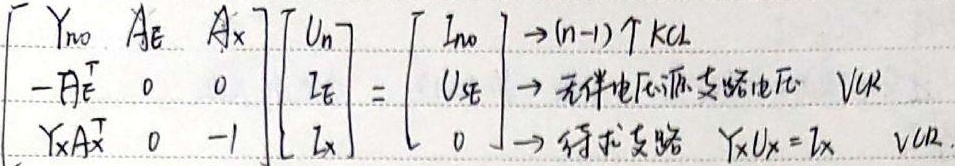
\[\begin{bmatrix}Y_{n0} & A_{E} & A_{X}\\-A_{E}^{T} & 0 & 0\\Y_{X}A_{X}^{T} & 0 & - 1\end{bmatrix}\begin{bmatrix}U_{n}\\I_{E}\\I_{X}\end{bmatrix}=\begin{bmatrix}I_{n0}\\U_{S E}\\0\end{bmatrix}\]
$\to (n - 1)$ 个 KCL
$\to$ 无伴电压源支路电流 VCR
$\to$ 待求支路 \(Y_{X}U_{X}=I_{X}\) VCR